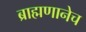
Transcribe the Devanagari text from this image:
ब्राह्मणानेच